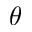
\theta